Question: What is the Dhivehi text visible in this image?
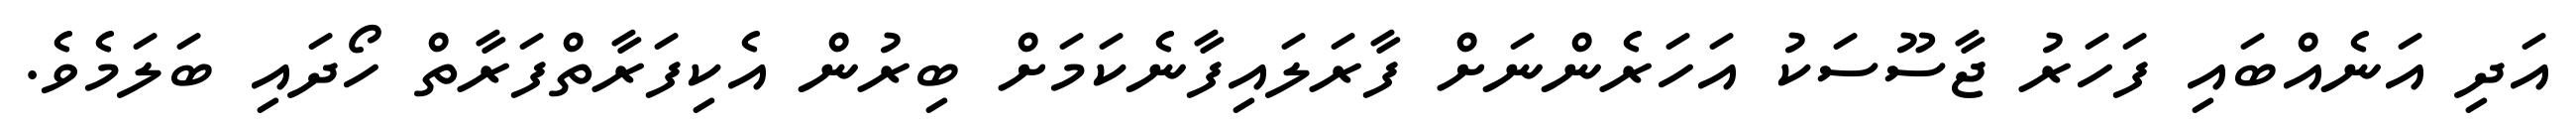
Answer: އަދި އަނެއްބައި ފަހަރު ޖާސޫސަކު އަހަރެންނަށް ފާރަލައިފާނެކަމަށް ބިރުން އެކިފަރާތްފަރާތް ހޯދައި ބަލަމެވެ.